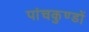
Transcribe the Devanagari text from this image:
पांचकुण्डों